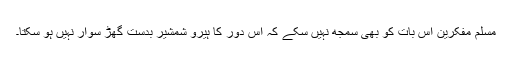
مسلم مفکرین اس بات کو بھی سمجھ نہیں سکے کہ اس دور کا ہیرو شمشیر بدست گھڑ سوار نہیں ہو سکتا۔